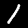
Label: 1